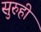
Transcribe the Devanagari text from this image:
सुरुही